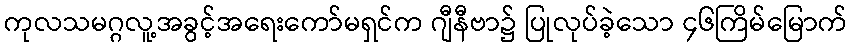
ကုလသမဂ္ဂလူ့အခွင့်အရေးကော်မရှင်က ဂျီနီဗာ၌ ပြုလုပ်ခဲ့သော ၄၆ကြိမ်မြောက်